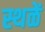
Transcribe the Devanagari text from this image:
स्थळें